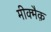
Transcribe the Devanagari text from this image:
मीक्मैक़